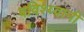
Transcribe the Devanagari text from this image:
बविश्य्वानी